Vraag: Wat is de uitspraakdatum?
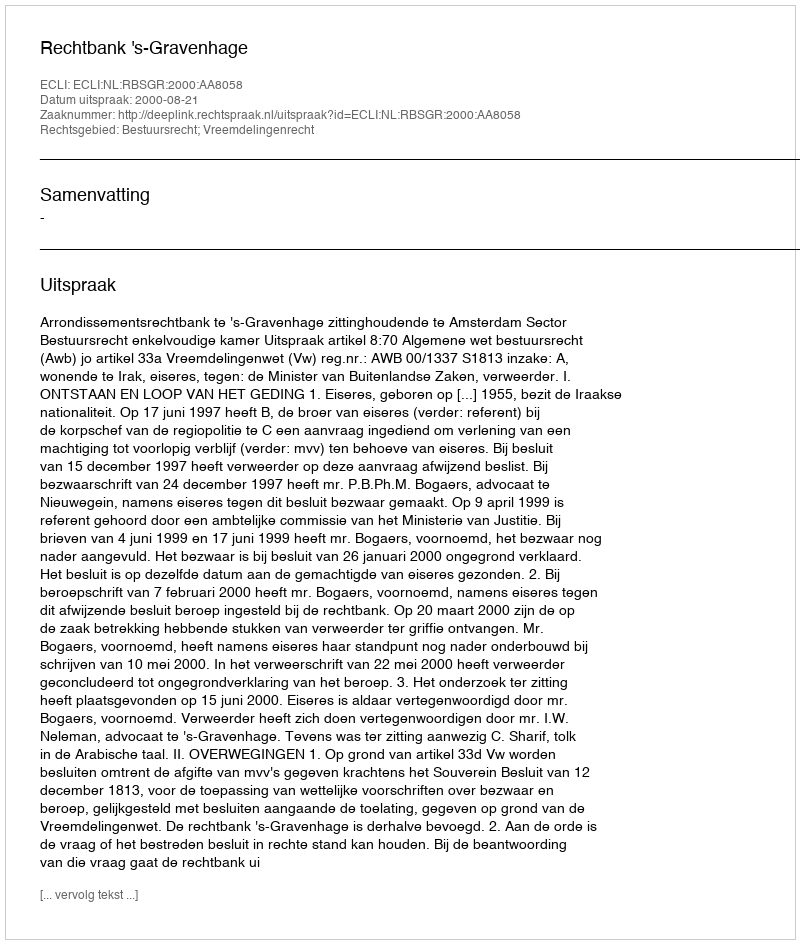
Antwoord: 2000-08-21